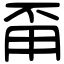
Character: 甭